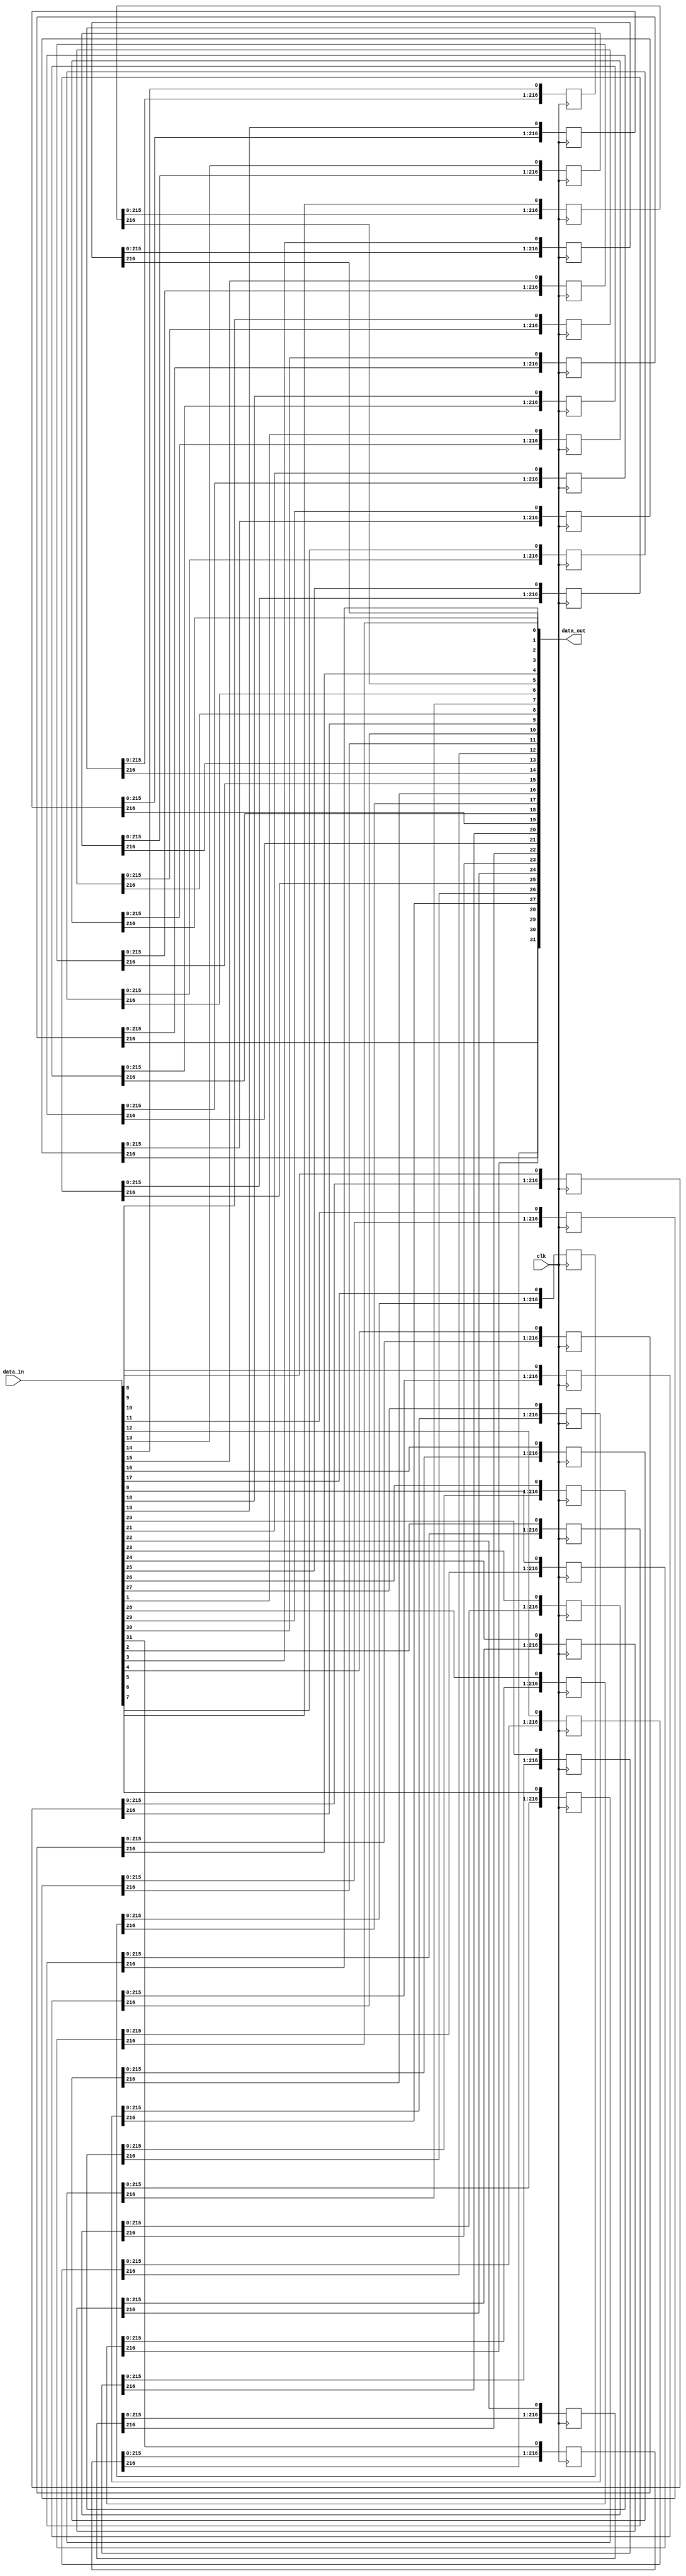
module shift_33 #(parameter W = 220) (clk,data_in,data_out/*, hr_0, hr_1, hr_2, hr_3,hr_4,  hr_5,  hr_6,  hr_7,hr_8, hr_9,  hr_10, hr_11,hr_12, hr_13,  hr_14, hr_15*/);

// Depth = D = W - K = 220 - 3 = 217
parameter D =  W - 3;

 input clk;
  input [31:0] data_in;
  
  output [31:0] data_out;
//Xc dinh thanh ghi giu cho tung bit
/*output reg [D-1:0] hr_0;output reg [D-1:0] hr_1;output reg [D-1:0] hr_2;output reg [D-1:0] hr_3;
output reg [D-1:0] hr_4;output reg [D-1:0] hr_5;output reg [D-1:0] hr_6;output reg [D-1:0] hr_7;
output reg [D-1:0] hr_8;output reg [D-1:0] hr_9;output reg [D-1:0] hr_10;output reg [D-1:0] hr_11;
output reg [D-1:0] hr_12;output reg [D-1:0] hr_13;output reg [D-1:0] hr_14;output reg [D-1:0] hr_15;
*/
 reg [D-1:0] hr_0; reg [D-1:0] hr_1; reg [D-1:0] hr_2; reg [D-1:0] hr_3;
 reg [D-1:0] hr_4; reg [D-1:0] hr_5; reg [D-1:0] hr_6; reg [D-1:0] hr_7;
 reg [D-1:0] hr_8; reg [D-1:0] hr_9; reg [D-1:0] hr_10; reg [D-1:0] hr_11;
 reg [D-1:0] hr_12; reg [D-1:0] hr_13; reg [D-1:0] hr_14; reg [D-1:0] hr_15,hr_16,hr_17,hr_18,hr_19,hr_20,hr_21,hr_22,hr_23,hr_24,hr_25,hr_26,hr_27,hr_28,hr_29,hr_30,hr_31;

	  
always @ (posedge clk) begin
  hr_0 [D-1:0] <= {hr_0[D-2:0], data_in[0]};
  hr_1 [D-1:0] <= {hr_1[D-2:0], data_in[1]};
  hr_2 [D-1:0] <= {hr_2[D-2:0], data_in[2]};
  hr_3 [D-1:0] <= {hr_3[D-2:0], data_in[3]};
  hr_4 [D-1:0] <= {hr_4[D-2:0], data_in[4]};
  hr_5 [D-1:0] <= {hr_5[D-2:0], data_in[5]};
  hr_6 [D-1:0] <= {hr_6[D-2:0], data_in[6]};
  hr_7 [D-1:0] <= {hr_7[D-2:0], data_in[7]};
  hr_8 [D-1:0] <= {hr_8[D-2:0], data_in[8]};
  hr_9 [D-1:0] <= {hr_9[D-2:0], data_in[9]};
  hr_10 [D-1:0] <= {hr_10[D-2:0], data_in[10]};
  hr_11 [D-1:0] <= {hr_11[D-2:0], data_in[11]};
  hr_12 [D-1:0] <= {hr_12[D-2:0], data_in[12]};
  hr_13 [D-1:0] <= {hr_13[D-2:0], data_in[13]};
  hr_14 [D-1:0] <= {hr_14[D-2:0], data_in[14]};
  hr_15 [D-1:0] <= {hr_15[D-2:0], data_in[15]};
  hr_16 [D-1:0] <= {hr_16[D-2:0], data_in[16]};
  hr_17 [D-1:0] <= {hr_17[D-2:0], data_in[17]};
  hr_18 [D-1:0] <= {hr_18[D-2:0], data_in[18]};
  hr_19 [D-1:0] <= {hr_19[D-2:0], data_in[19]};
  hr_20 [D-1:0] <= {hr_20[D-2:0], data_in[20]};
  hr_21 [D-1:0] <= {hr_21[D-2:0], data_in[21]};
  hr_22 [D-1:0] <= {hr_22[D-2:0], data_in[22]};
  hr_23 [D-1:0] <= {hr_23[D-2:0], data_in[23]};
  hr_24 [D-1:0] <= {hr_24[D-2:0], data_in[24]};
  hr_25 [D-1:0] <= {hr_25[D-2:0], data_in[25]};
  hr_26 [D-1:0] <= {hr_26[D-2:0], data_in[26]};
  hr_27 [D-1:0] <= {hr_27[D-2:0], data_in[27]};
  hr_28 [D-1:0] <= {hr_28[D-2:0], data_in[28]};
  hr_29 [D-1:0] <= {hr_29[D-2:0], data_in[29]};
  hr_30 [D-1:0] <= {hr_30[D-2:0], data_in[30]};
  hr_31 [D-1:0] <= {hr_31[D-2:0], data_in[31]};
end

assign data_out[0] = hr_0[D-1]; assign data_out[1] = hr_1[D-1];
assign data_out[2] = hr_2[D-1]; assign data_out[3] = hr_3[D-1];
assign data_out[4] = hr_4[D-1]; assign data_out[5] = hr_5[D-1];
assign data_out[6] = hr_6[D-1]; assign data_out[7] = hr_7[D-1];
assign data_out[8] = hr_8[D-1]; assign data_out[9] = hr_9[D-1];
assign data_out[10] = hr_10[D-1]; assign data_out[11] = hr_11[D-1];
assign data_out[12] = hr_12[D-1]; assign data_out[13] = hr_13[D-1];
assign data_out[14] = hr_14[D-1]; assign data_out[15] = hr_15[D-1];
assign data_out[16] = hr_16[D-1]; assign data_out[17] = hr_17[D-1];
assign data_out[18] = hr_18[D-1]; assign data_out[19] = hr_19[D-1];
assign data_out[20] = hr_20[D-1]; assign data_out[21] = hr_21[D-1];
assign data_out[22] = hr_22[D-1]; assign data_out[23] = hr_23[D-1];
assign data_out[24] = hr_24[D-1]; assign data_out[25] = hr_25[D-1];
assign data_out[26] = hr_26[D-1]; assign data_out[27] = hr_27[D-1];
assign data_out[28] = hr_28[D-1]; assign data_out[29] = hr_29[D-1];
assign data_out[30] = hr_30[D-1]; assign data_out[31] = hr_31[D-1];
endmodule